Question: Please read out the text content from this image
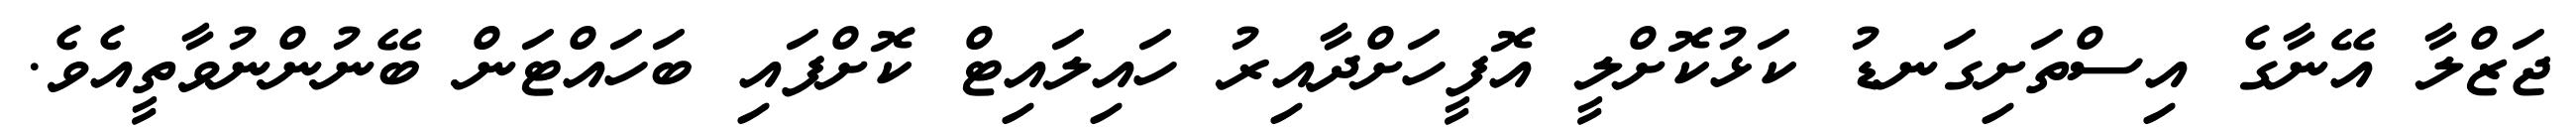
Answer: ޖަޒްލާ އޭނާގެ އިސްތަށިގަނޑު ކަޅުކޮށްލީ އޮފީހަށްދާއިރު ހައިލައިޓް ކޮށްފައި ބަހައްޓަން ބޭނުންނުވާތީއެވެ.